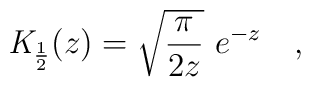
{\mathit {K}}_{\frac {1}{2}}(z) = \sqrt {\frac {\pi}{2z} }~e^{-z} ~~~,